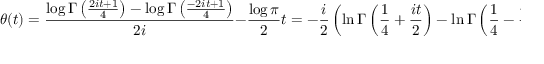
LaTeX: \theta ( t ) = { \frac { \log \Gamma \left( { \frac { 2 i t + 1 } { 4 } } \right) - \log \Gamma \left( { \frac { - 2 i t + 1 } { 4 } } \right) } { 2 i } } - { \frac { \log \pi } { 2 } } t = - { \frac { i } { 2 } } \left( \ln \Gamma \left( { \frac { 1 } { 4 } } + { \frac { i t } { 2 } } \right) - \ln \Gamma \left( { \frac { 1 } { 4 } } - { \frac { i t } { 2 } } \right) \right) - { \frac { \ln ( \pi ) t } { 2 } }